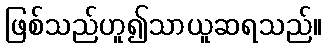
ဖြစ်သည်ဟူ၍သာယူဆရသည်။